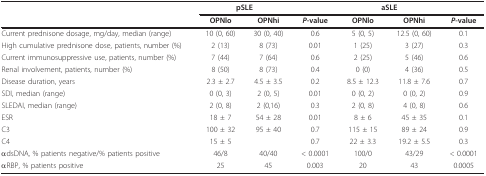
<table><thead><tr><td></td><td colspan="2"><b>pSLE</b></td><td></td><td colspan="2"><b>aSLE</b></td><td></td></tr><tr><td></td><td><b>OPNlo</b></td><td><b>OPNhi</b></td><td><b><i>P</i>-value</b></td><td><b>OPNlo</b></td><td><b>OPNhi</b></td><td><b><i>P</i>-value</b></td></tr></thead><tbody><tr><td>Current prednisone dosage, mg/day, median (range)</td><td>10 (0, 60)</td><td>30 (0, 40)</td><td>0.6</td><td>5 (0, 5)</td><td>12.5 (0, 60)</td><td>0.1</td></tr><tr><td>High cumulative prednisone dose, patients, number (%)</td><td>2 (13)</td><td>8 (73)</td><td>0.01</td><td>1 (25)</td><td>3 (27)</td><td>0.3</td></tr><tr><td>Current immunosuppressive use, patients, number (%)</td><td>7 (44)</td><td>7 (64)</td><td>0.6</td><td>2 (25)</td><td>5 (46)</td><td>0.6</td></tr><tr><td>Renal involvement, patients, number (%)</td><td>8 (50)</td><td>8 (73)</td><td>0.4</td><td>0 (0)</td><td>4 (36)</td><td>0.5</td></tr><tr><td>Disease duration, years</td><td>2.3 ± 2.7</td><td>4.5 ± 3.5</td><td>0.2</td><td>8.5 ± 12.3</td><td>11.8 ± 7.6</td><td>0.7</td></tr><tr><td>SDI, median (range)</td><td>0 (0, 3)</td><td>2 (0, 5)</td><td>0.01</td><td>0 (0, 2)</td><td>0 (0, 2)</td><td>0.9</td></tr><tr><td>SLEDAI, median (range)</td><td>2 (0, 8)</td><td>2 (0,16)</td><td>0.3</td><td>2 (0, 8)</td><td>4 (0, 8)</td><td>0.6</td></tr><tr><td>ESR</td><td>18 ± 7</td><td>54 ± 28</td><td>0.01</td><td>8 ± 6</td><td>45 ± 35</td><td>0.1</td></tr><tr><td>C3</td><td>100 ± 32</td><td>95 ± 40</td><td>0.7</td><td>115 ± 15</td><td>89 ± 24</td><td>0.9</td></tr><tr><td>C4</td><td>15 ± 5</td><td></td><td>0.7</td><td>22 ± 3.3</td><td>19.2 ± 5.5</td><td>0.3</td></tr><tr><td>αdsDNA, % patients negative/% patients positive</td><td>46/8</td><td>40/40</td><td>&lt; 0.0001</td><td>100/0</td><td>43/29</td><td>&lt; 0.0001</td></tr><tr><td>αRBP, % patients positive</td><td>25</td><td>45</td><td>0.003</td><td>20</td><td>43</td><td>0.0005</td></tr></tbody></table>